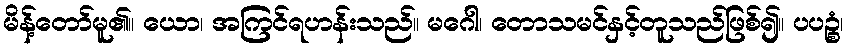
မိန့်တော်မူ၏။ ယော၊ အကြင်ရဟန်းသည်။ မဂေါ၊ တောသမင်နှင့်တူသည်ဖြစ်၍။ ပပဉ္စံ၊